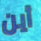
أين